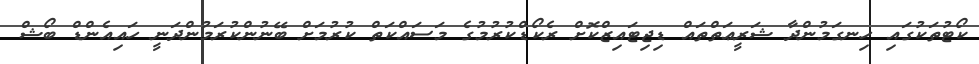
ކޯޓުތަކުގައި ހިނގަމުންދާ ޝަރީޢަތްތައް ޑިޖިޓައިޒްކޮށް ރެކޯޑްކުރުމުގެ މަސައްކަތް ކުރުމަށް ބޭނުންކުރަމުންދަނީ ހައިއެންޑް ބޯޝް